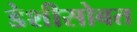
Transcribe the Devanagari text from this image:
डेशीसोबत